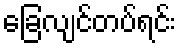
ခြေလျင်တပ်ရင်း